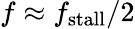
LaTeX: f\approx f_{\mathrm{stall}}/2